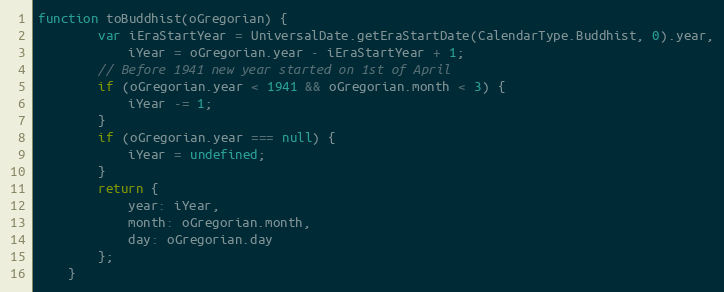
Language: JavaScript
function toBuddhist(oGregorian) {
		var iEraStartYear = UniversalDate.getEraStartDate(CalendarType.Buddhist, 0).year,
			iYear = oGregorian.year - iEraStartYear + 1;
		// Before 1941 new year started on 1st of April
		if (oGregorian.year < 1941 && oGregorian.month < 3) {
			iYear -= 1;
		}
		if (oGregorian.year === null) {
			iYear = undefined;
		}
		return {
			year: iYear,
			month: oGregorian.month,
			day: oGregorian.day
		};
	}